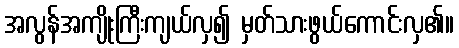
အလွန်အကျိုးကြီးကျယ်လှ၍ မှတ်သားဖွယ်ကောင်းလှ၏။